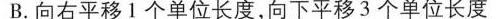
B.向右平移1个单位长度，向下平移3个单位长度